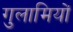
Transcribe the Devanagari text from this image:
गुलामियों